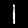
Digit: 1